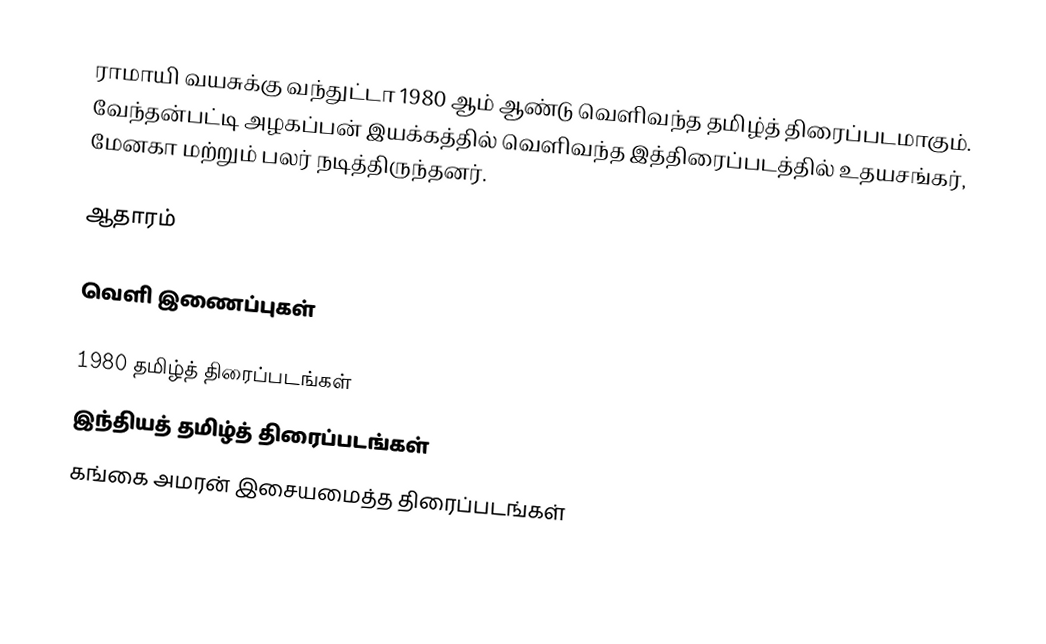
ராமாயி வயசுக்கு வந்துட்டா 1980 ஆம் ஆண்டு வெளிவந்த தமிழ்த் திரைப்படமாகும். வேந்தன்பட்டி அழகப்பன் இயக்கத்தில் வெளிவந்த இத்திரைப்படத்தில் உதயசங்கர், மேனகா மற்றும் பலர் நடித்திருந்தனர்.

ஆதாரம்

வெளி இணைப்புகள்

1980 தமிழ்த் திரைப்படங்கள்
இந்தியத் தமிழ்த் திரைப்படங்கள்
கங்கை அமரன் இசையமைத்த திரைப்படங்கள்